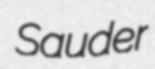
Sauder